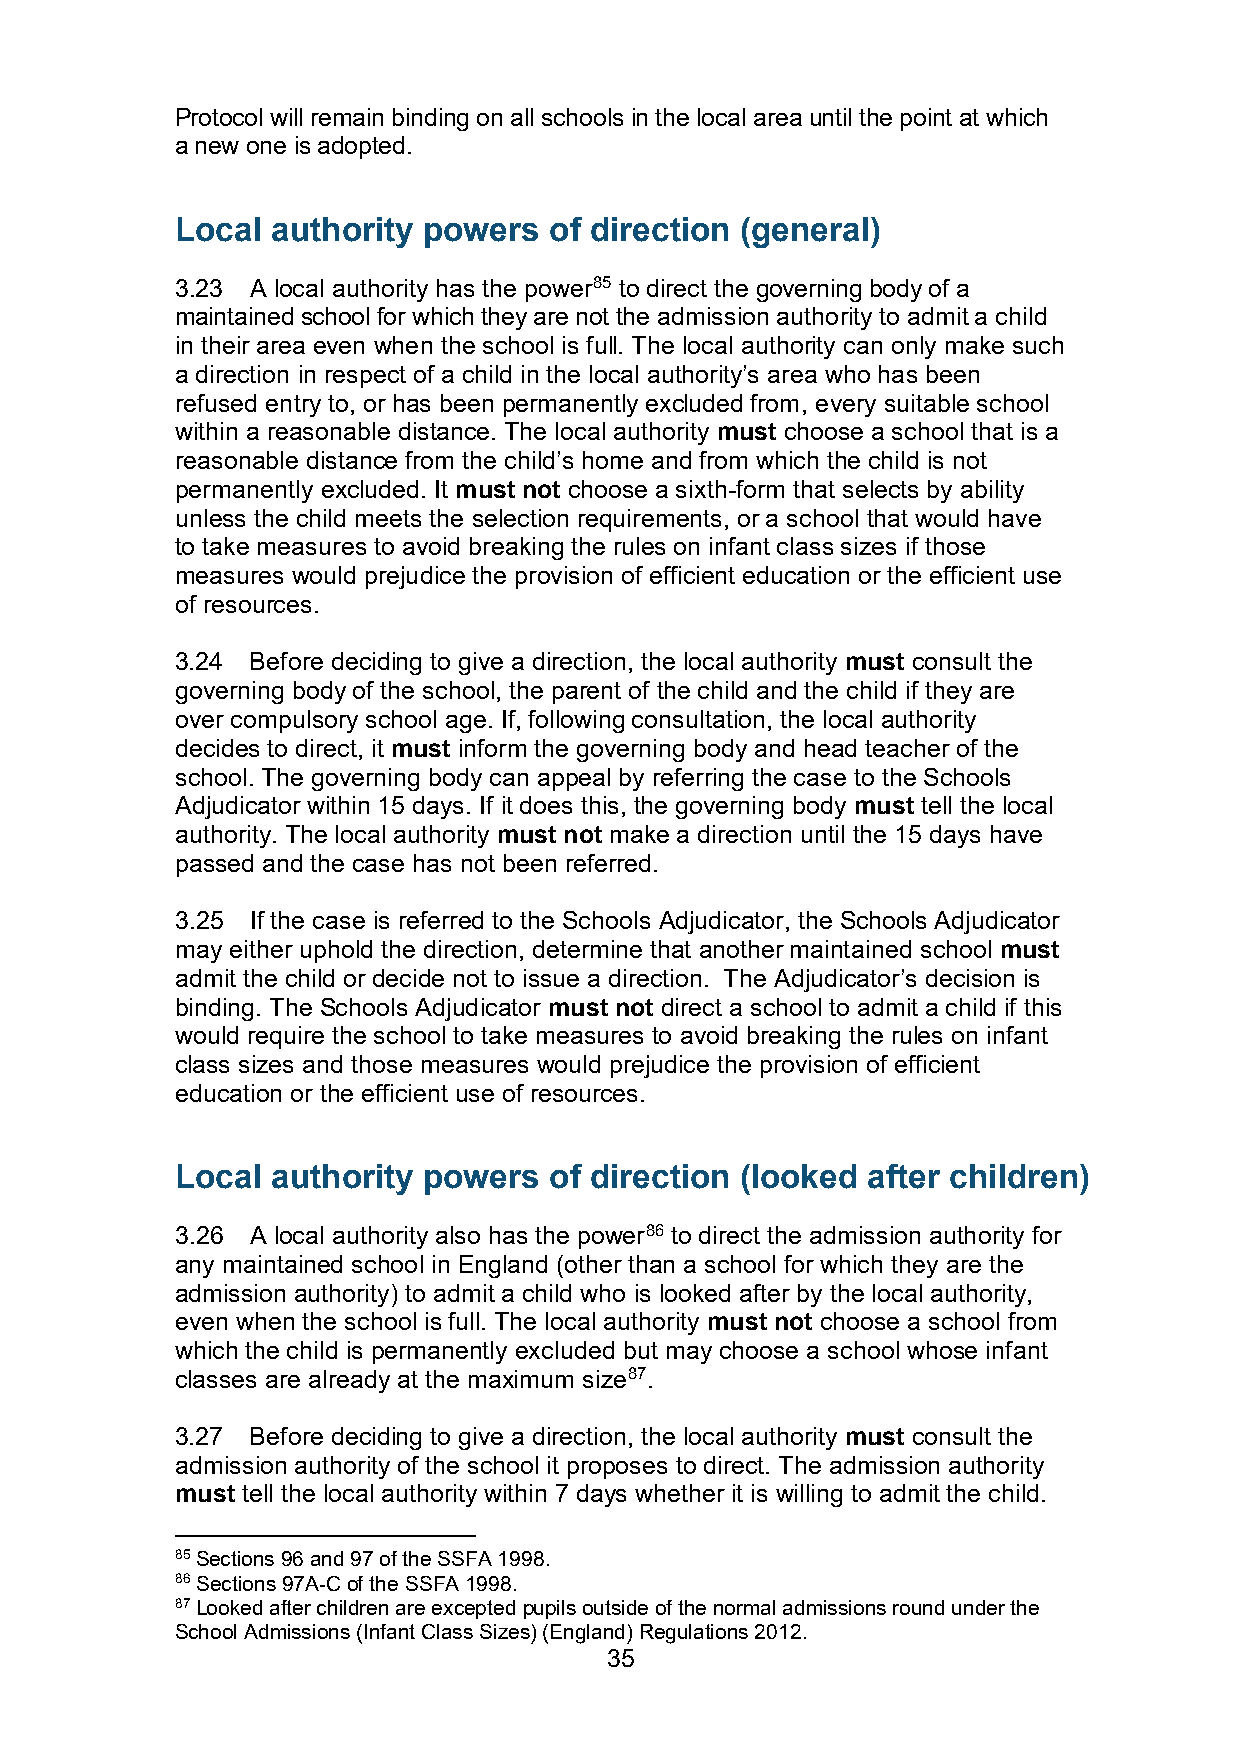
Protocol will remain binding on all schools in the local area until the point at which
 a new one is adopted.
 Local authority powers  of direction (general)
 3.23 A local authority has the power85 to direct the governing body of a
 maintained school for which they are not the admission authority to admit a child
 in their area even when the school is full. The local authority can only make such
 a direction in respect of a child in the local authority’s area who has been
 refused entry to, or has been permanently excluded from, every suitable school
 within a reasonable distance. The local authority must choose a school that is a
 reasonable distance from the child’s home and from which the child is not
 permanently excluded. It must not choose a sixth-form that selects by ability
 unless the child meets the selection requirements, or a school that would have
 to take measures to avoid breaking the rules on infant class sizes if those
 measures would prejudice the provision of efficient education or the efficient use
 of resources.
 3.24 Before deciding to give a direction, the local authority must consult the
 governing body of the school, the parent of the child and the child if they are
 over compulsory school age. If, following consultation, the local authority
 decides to direct, it must inform the governing body and head teacher of the
 school. The governing body can appeal by referring the case to the Schools
 Adjudicator within 15 days. If it does this, the governing body must tell the local
 authority. The local authority must not make a direction until the 15 days have
 passed and the case has not been referred.
 3.25 If the case is referred to the Schools Adjudicator, the Schools Adjudicator
 may either uphold the direction, determine that another maintained school must
 admit the child or decide not to issue a direction. The Adjudicator’s decision is
 binding. The Schools Adjudicator must not direct a school to admit a child if this
 would require the school to take measures to avoid breaking the rules on infant
 class sizes and those measures would prejudice the provision of efficient
 education or the efficient use of resources.
 Local authority powers  of direction (looked after children)
 3.26 A local authority also has the power86 to direct the admission authority for
 any maintained school in England (other than a school for which they are the
 admission authority) to admit a child who is looked after by the local authority,
 even when the school is full. The local authority must not choose a school from
 which the child is permanently excluded but may choose a school whose infant
 classes are already at the maximum size87.
 3.27 Before deciding to give a direction, the local authority must consult the
 admission authority of the school it proposes to direct. The admission authority
 must tell the local authority within 7 days whether it is willing to admit the child.
 85 Sections 96 and 97 of the SSFA 1998.
 86 Sections 97A-C of the SSFA 1998.
 87 Looked after children are excepted pupils outside of the normal admissions round under the
 School Admissions (Infant Class Sizes) (England) Regulations 2012.
 35